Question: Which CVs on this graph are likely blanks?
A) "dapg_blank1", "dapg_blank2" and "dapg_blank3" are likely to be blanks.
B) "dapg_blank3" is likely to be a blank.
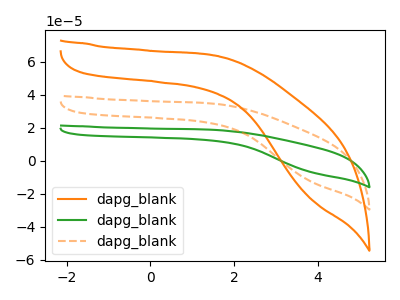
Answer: <think>The orange curve "dapg_blank1" has no peaks. The green curve "dapg_blank2" has no peaks. The orange dashed curve "dapg_blank3" has no peaks.</think>
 <answer>A) "dapg_blank1", "dapg_blank2" and "dapg_blank3" are likely to be blanks.</answer>
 <eval>A</eval>